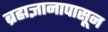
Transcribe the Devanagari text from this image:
ब्रह्मज्ञानापासून